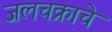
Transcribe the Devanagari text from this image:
जलचक्राचे